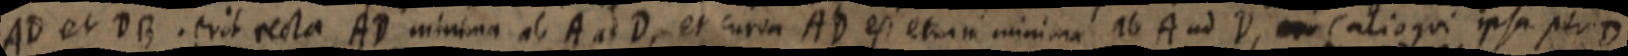
AD et DB. erit recta AD minima ab A ad D, et curva AD est etiam minima ab A ad D, _ (alioqui ipsa per D